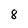
Character: 8